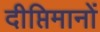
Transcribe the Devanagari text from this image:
दीप्तिमानों